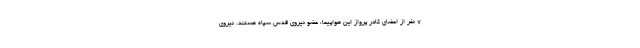
7 نفر از اعضای کادر پرواز این هواپیما، عضو نیروی قدس سپاه هستند. نیروی